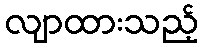
လျာထားသည့်